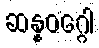
ဆန္နဝဂ္ဂေါ